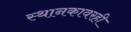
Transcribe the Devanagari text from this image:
स्थानकावरही